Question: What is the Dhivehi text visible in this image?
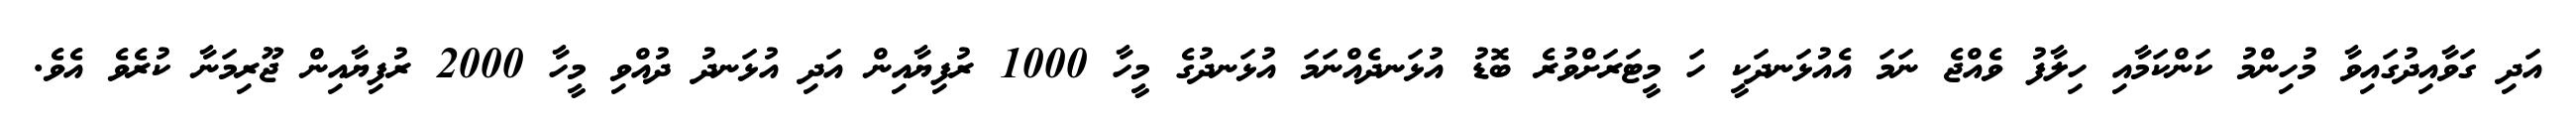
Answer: އަދި ގަވާއިދުގައިވާ މުހިންމު ކަންކަމާއި ހިލާފު ވެއްޖެ ނަމަ އެއުޅަނދަކީ ހަ މީޓަރަށްވުރެ ބޮޑު އުޅަނދެއްނަމަ އުޅަނދުގެ މީހާ 1000 ރުފިޔާއިން އަދި އުޅަނދު ދުއްވި މީހާ 2000 ރުފިޔާއިން ޖޫރިމަނާ ކުރެވެ އެވެ.